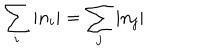
\sum _ { i } \left| n _ { i } \right| = \sum _ { j } \left| n _ { j } \right|